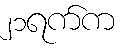
၂၁ရက်က